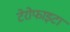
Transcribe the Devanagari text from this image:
टेरोफाइटा